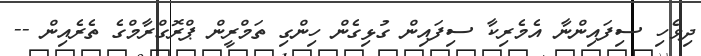
ދިވެހި ސިފައިންނާ އެމެރިކާ ސިފައިން ގުޅިގެން ހިންގި ތަމްރީން ޕްރޮގްރާމްގެ ތެރެއިން --